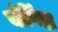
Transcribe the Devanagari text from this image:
योगिंद्रा